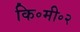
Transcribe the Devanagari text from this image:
कि॰मी॰२